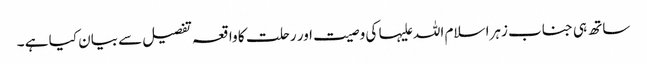
ساتھ ہی جناب زہرا سلام اللہ علیہا کی وصیت اور رحلت کا واقعہ تفصیل سے بیان کیا ہے ۔